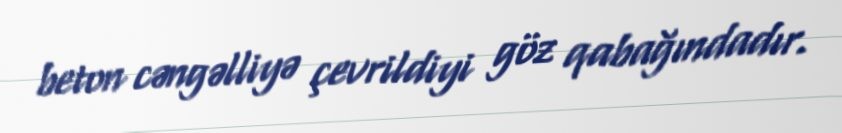
beton cəngəlliyə çevrildiyi göz qabağındadır.